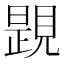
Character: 𧡰